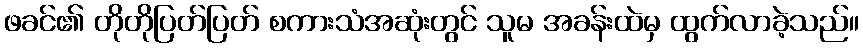
ဖခင်၏ တိုတိုပြတ်ပြတ် စကားသံအဆုံးတွင် သူမ အခန်းထဲမှ ထွက်လာခဲ့သည်။